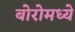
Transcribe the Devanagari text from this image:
बोरोमध्ये